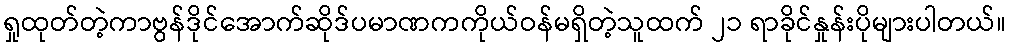
ရှုထုတ်တဲ့ကာဗွန်ဒိုင်အောက်ဆိုဒ်ပမာဏကကိုယ်ဝန်မရှိတဲ့သူထက် ၂၁ ရာခိုင်နှုန်းပိုများပါတယ်။